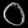
Digit: ၀